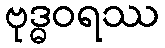
ဗုဒ္ဓဝရဿ